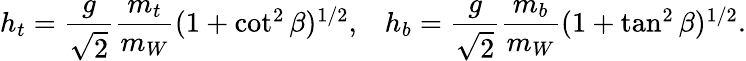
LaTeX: \begin{array}{cc}{{h_{t}={\displaystyle\frac{g}{\sqrt{2}}\frac{m_{t}}{m_{W}}}(1+\cot^{2}\beta)^{1/2},}}&{{h_{b}={\displaystyle\frac{g}{\sqrt{2}}\frac{m_{b}}{m_{W}}}(1+\tan^{2}\beta)^{1/2}.}}\end{array}